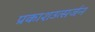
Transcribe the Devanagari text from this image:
प्रकाशउत्सर्जन